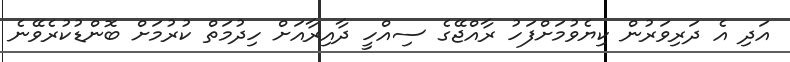
އަދި އެ ދަރިވަރުން ކިޔެވުމަށްފަހު ރާއްޖޭގެ ސިއްހީ ދާއިރާއަށް ހިދުމަތް ކުރުމަށް ބޮންޑުކުރެވޭނެ